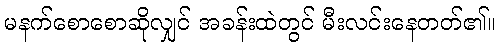
မနက်စောစောဆိုလျှင် အခန်းထဲတွင် မီးလင်းနေတတ်၏။